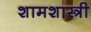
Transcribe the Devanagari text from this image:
शामशास्त्री